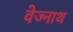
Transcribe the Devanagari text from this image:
वेज्नाथ